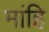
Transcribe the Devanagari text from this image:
मांहि